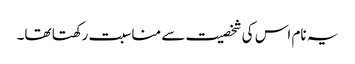
یہ نام اس کی شخصیت سے مناسبت رکھتا تھا۔